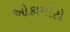
ઓકામોટો